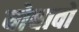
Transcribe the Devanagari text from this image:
योधावों